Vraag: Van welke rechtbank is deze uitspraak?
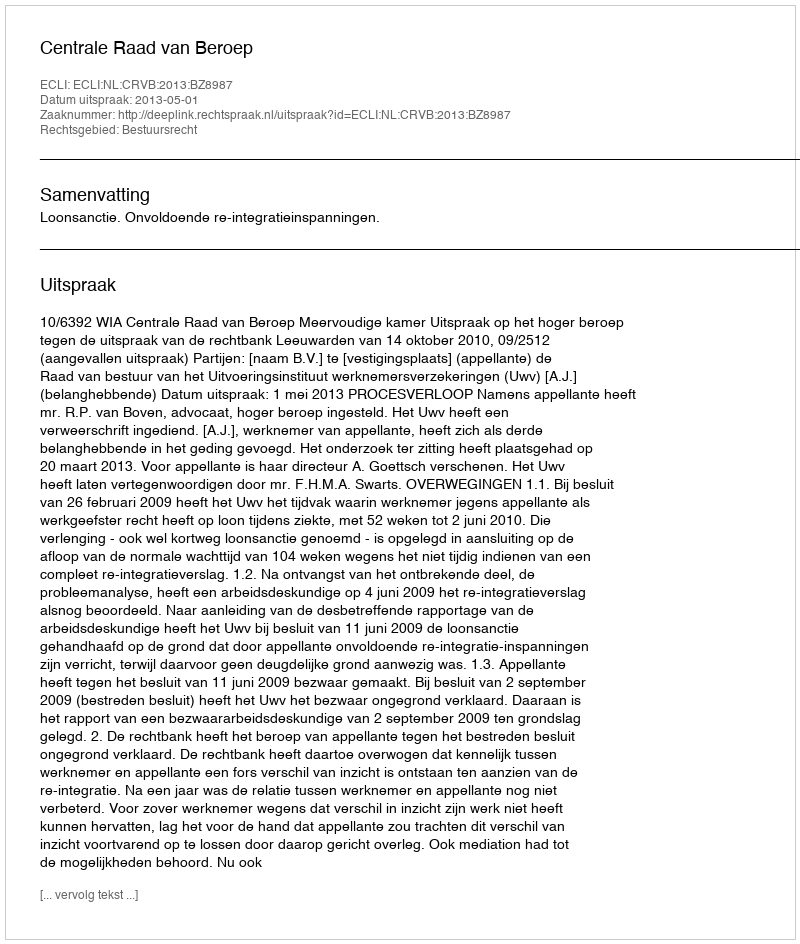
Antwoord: Centrale Raad van Beroep